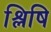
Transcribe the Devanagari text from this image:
श्लिषि